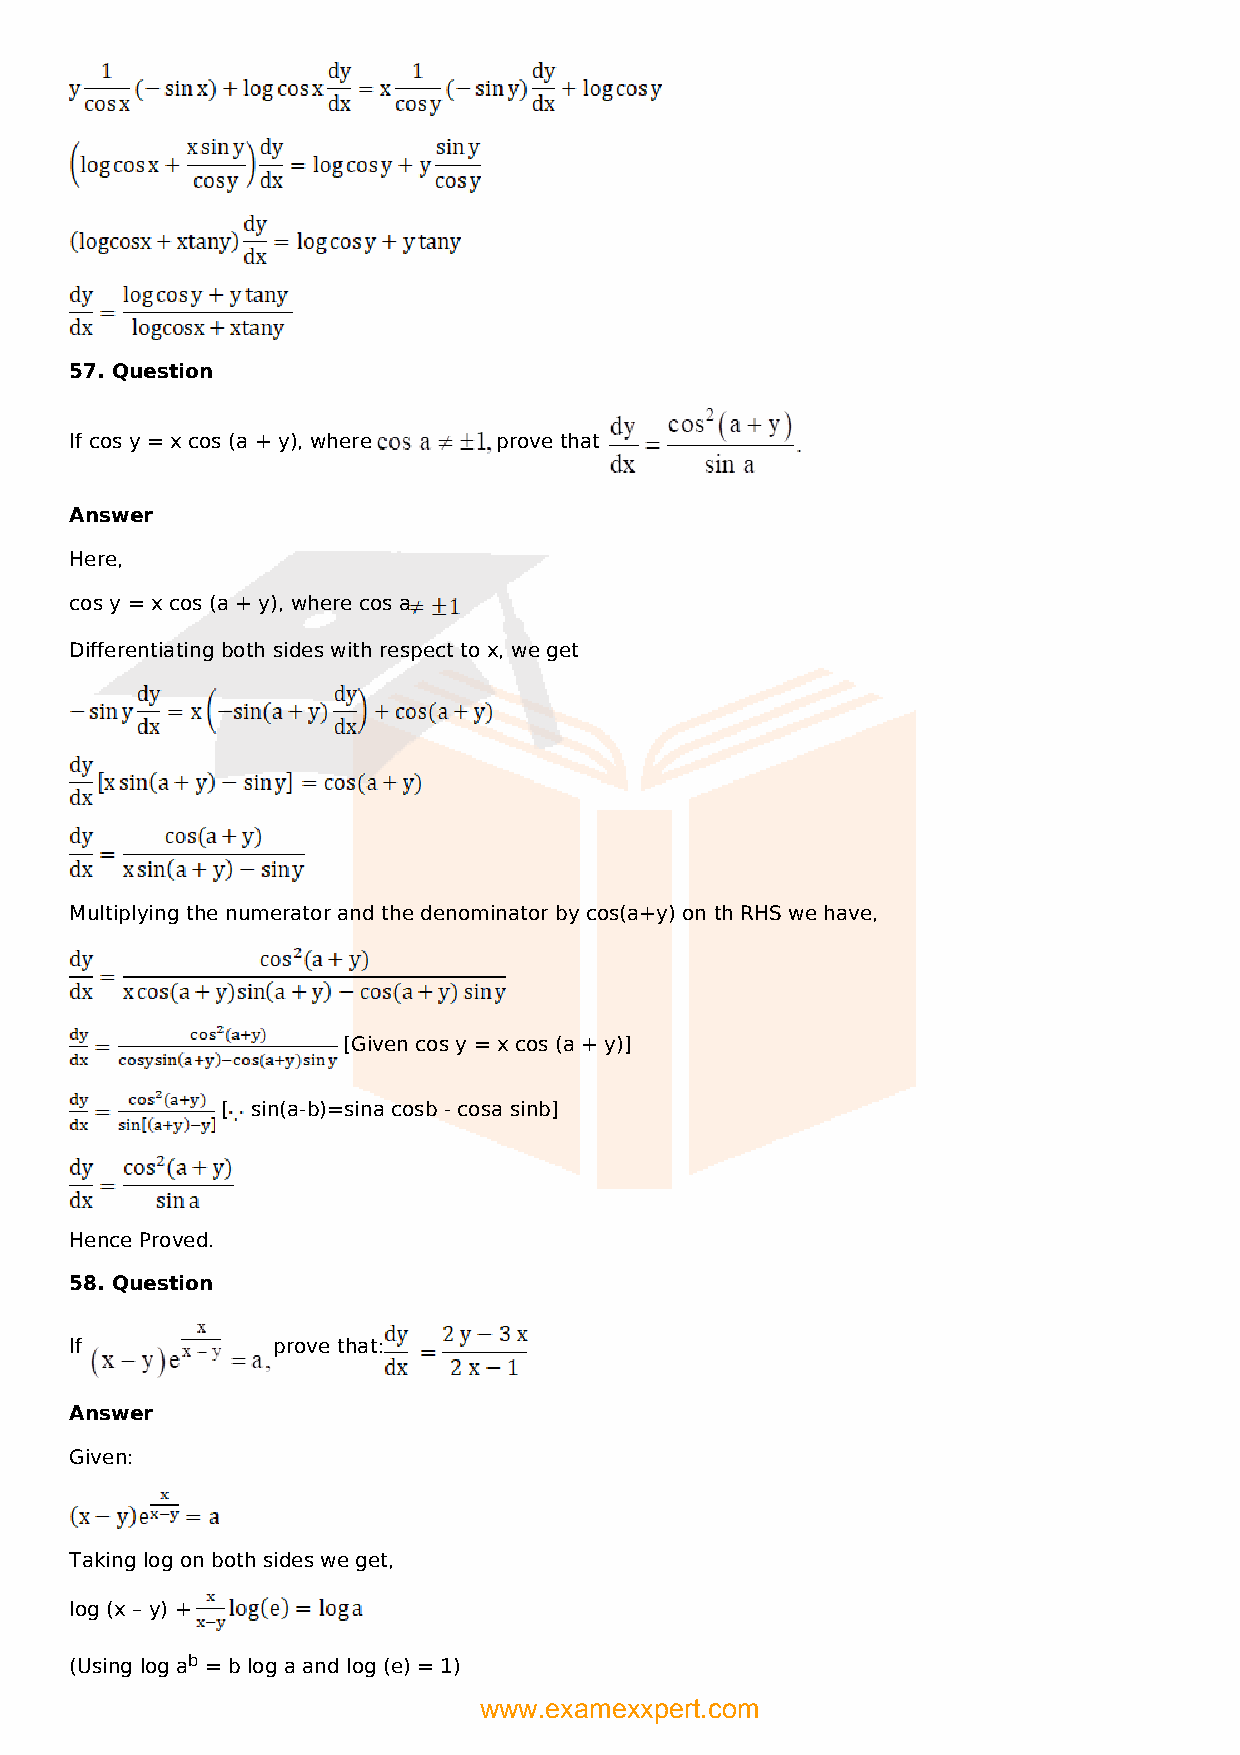
57. Question
 If cos y = x cos (a + y), where prove that
 Answer
 Here,
 cos y = x cos (a + y), where cos a
 Differentiating both sides with respect to x, we get
 Multiplying the numerator and the denominator by cos(a+y) on th RHS we have,
 [Given cos y = x cos (a + y)]
 [ sin(a-b)=sina cosb - cosa sinb]
 Hence Proved.
 58. Question
 If           prove that:
 Answer
 Given:
 Taking log on both sides we get,
 log (x – y) +
 (Using log ab = b log a and log (e) = 1)
 www.examexxpert.com